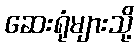
ဆေးရုံများသို့